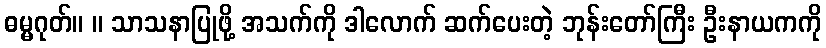
ဓမ္မဂုတ်။ ။ သာသနာပြုဖို့ အသက်ကို ဒါလောက် ဆက်ပေးတဲ့ ဘုန်းတော်ကြီး ဦးနာယကကို